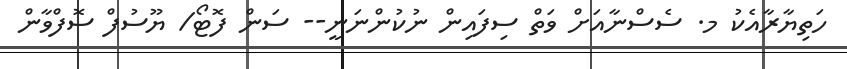
ހަތިޔާރާއެކު މ. ސެސްނާއަށް ވަތް ސިފައިން ނުކުންނަނީ-- ސަން ފޮޓޯ/ ޔޫސުފް ސޮފްވާން